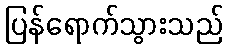
ပြန်ရောက်သွားသည်